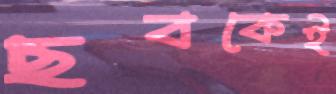
ছবকেই